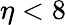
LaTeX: \eta<8